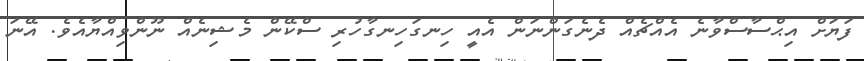
ފަޔަށް އިޙްސާސްވާނެ އެއްޗެއް ދެނެގަންނަން އެއީ ހިނގަހިނގާހުރި ސްކޭން މެޝިނެއް ނޫންވިއްޔާއެވެ. އޭނަ